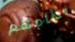
نظامهم